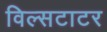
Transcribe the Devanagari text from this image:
विल्सटाटर